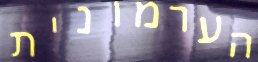
הערמונית